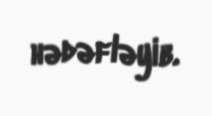
hədəfləyib.